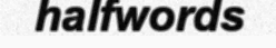
halfwords